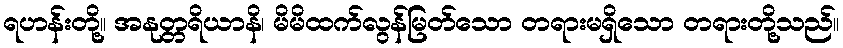
ရဟန်းတို့။ အနုတ္တရိယာနိ၊ မိမိထက်လွန်မြတ်သော တရားမရှိသော တရားတို့သည်။